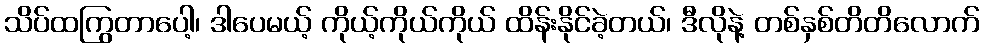
သိပ်ထကြွတာပေါ့၊ ဒါပေမယ့် ကိုယ့်ကိုယ်ကိုယ် ထိန်းနိုင်ခဲ့တယ်၊ ဒီလိုနဲ့ တစ်နှစ်တိတိလောက်